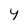
Character: y